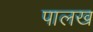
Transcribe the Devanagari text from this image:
पालख